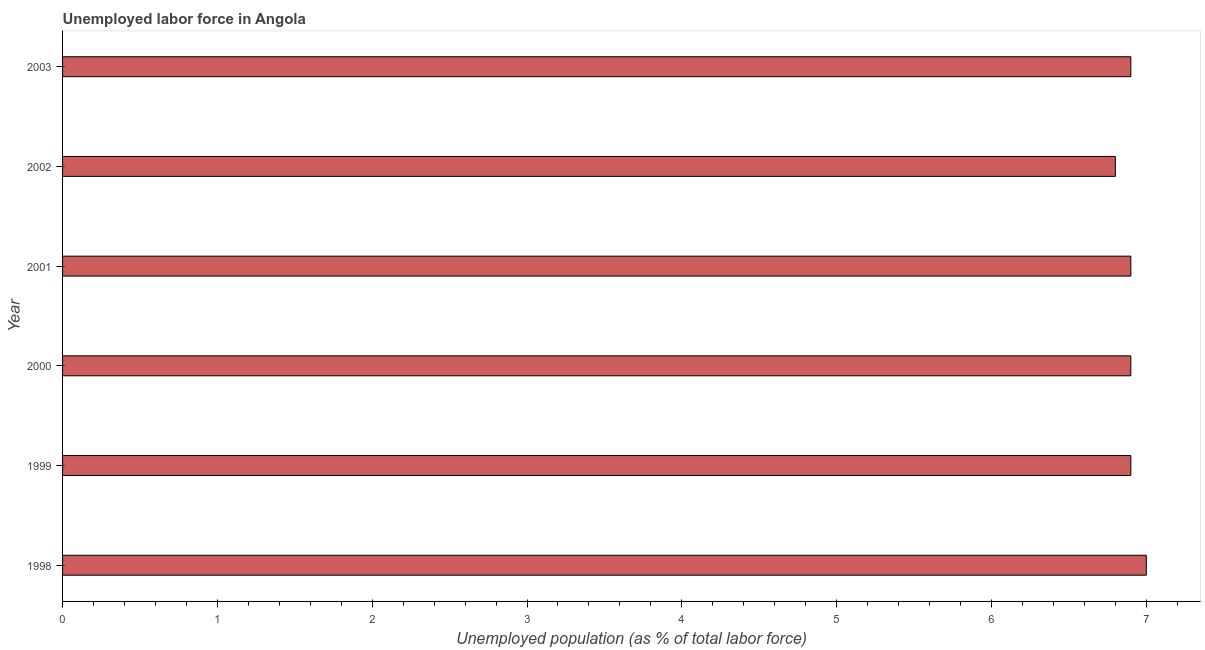
| Year | Unemployment |
 | --- | --- |
 | 1998 | 7 |
 | 1999 | 6.9 |
 | 2000 | 6.9 |
 | 2001 | 6.9 |
 | 2002 | 6.8 |
 | 2003 | 6.9 |